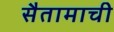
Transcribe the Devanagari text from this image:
सैतामाची